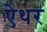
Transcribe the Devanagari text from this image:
ऐथर